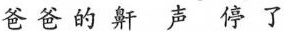
爸爸的鼾声停了